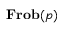
\mathbf { F r o b } ( { \mathfrak { p } } )